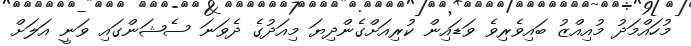
މުހައްމަދު މުއިއްޒު ބައިވެރިވެ ވަޑައިން ކުރިއަށްގެންދިޔަ މިއަދުގެ ދެވަނަ ސެޝަންގައި ވަަނީ އަލަށް